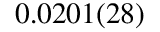
0 . 0 2 0 1 ( 2 8 )